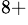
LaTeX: ^{8+}